Vaccination in the Punjab 1905-1918 - 1905-1918
Year: 1905
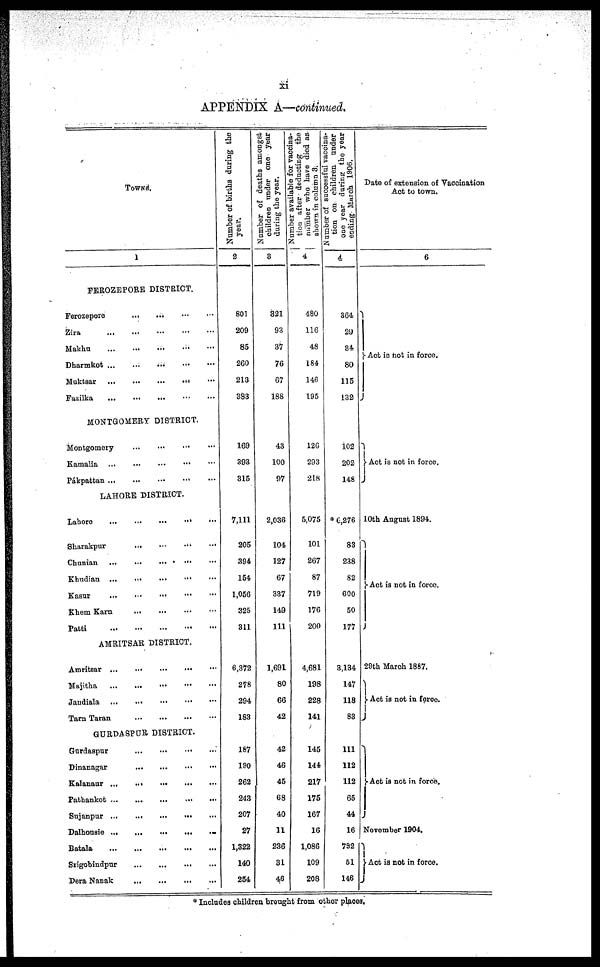
xi
APPENDIX A—continued.
TOWNS.
1
FEROZEPORE DISTRICT.
Ferozepore
...
...
...
...
Zira
...
...
...
...
...
Makhu ... ... ... ... ...
Dharmkot
...
...
...
...
...
Muktsar ... ... ... ... ...
Fazilka
...
...
...
...
...
MONTGOMERY DISTRICT.
Montgomery
...
...
...
...
Kamalia
...
...
...
...
...
Pákpattan
...
...
...
...
...
LAHORE DISTRICT.
Lahore
...
...
...
...
...
Sharakpur
...
...
...
...
Chunian
...
...
...
...
...
Khudian
...
...
...
...
...
Kasur
...
...
...
...
...
Khem Karn
...
...
...
...
Patti
...
...
...
...
...
AMRITSAR DISTRICT.
Amritsar
...
...
...
...
...
Majitha
...
...
...
...
...
Jaudiala
...
...
...
...
...
Tarn Taran
...
...
...
...
GURDASPUR DISTRICT.
Gurdaspur
...
...
...
...
Dinanagar
...
...
...
...
Kalanaur
...
...
...
...
...
Pathankot
...
...
...
...
...
Sujanpur
...
...
...
...
...
Dalhonsie
...
...
...
...
...
Batala
...
...
...
...
...
Srigobindpur
...
...
...
...
Dera Nanak
...
...
...
...
Number of births during the
year.
2
801
209
85
260
213
383
169
393
315
7,111
205
394
154
1,056
325
311
6,372
278
294
183
187
190
262
243
207
27
1,322
140
254
Number of deaths amongst
children under one year
during the year.
3
321
93
37
76
67
188
43
100
97
2,036
104
127
67
337
149
111
1,691
80
66
42
42
46
45
68
40
11
236
31
46
Number available for vaccina-
tion after deducting the
number who have died as
shown in column 3.
4
480
116
48
184
146
195
126
293
218
5,075
101
267
87
719
176
200
4,681
198
228
141
145
144
217
175
167
16
1,086
109
208
Number of successful vaccina-
tion on children under
one year during the year
ending March 1906.
5
364
29
34
80
115
132
102
202
148
* 6,276
83
238
82
600
50
177
3,134
147
118
83
111
112
112
65
44
16
752
61
146
Date of extension of Vaccination
Act to town.
6
Act is hot in force.
Act is not in force.
10th August 1894.
Act is not in force.
29th March 1887.
Act is not in force.
Act is not in force.
November 1904.
Act is not in force.
* Includes children brought from other places.